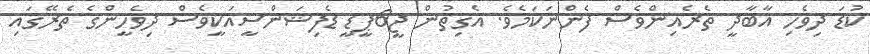
ކުޑަ ދިވެހި އާބާދީ ތެރެއިންވެސް ފެންނަކަމެވެ. އެގިތުން ޖީ6ޕީޑީ ޑެފިޝަންސީއަކީވެސް ދިވެހީންގެ ތެރޭގައި